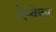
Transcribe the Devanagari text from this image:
ऐप्थेकर